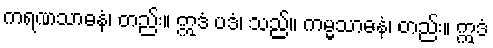
ကရဏသာဓနံ၊ တည်း။ ဣဒံ ပဒံ၊ သည်။ ကမ္မသာဓနံ၊ တည်း။ ဣဒံ